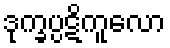
ဒုက္ခပ္ပဋိကူလော